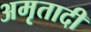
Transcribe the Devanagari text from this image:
अमृतादी